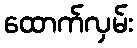
ထောက်လှမ်း